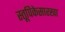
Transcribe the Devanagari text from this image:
स्तूपिकेसारखा